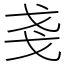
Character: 戔